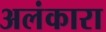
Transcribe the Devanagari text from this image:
अलंकारा